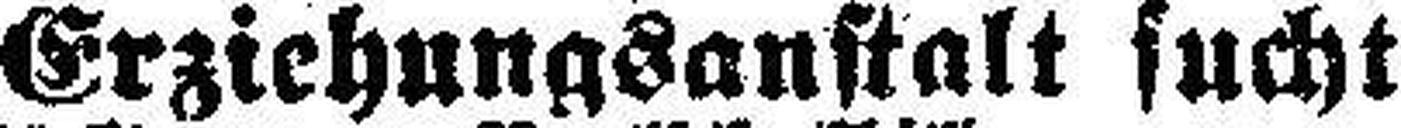
Erziehungsanstalt sucht